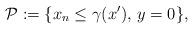
LaTeX: \begin{align*}\mathcal{P} := \{ x_n \leq \gamma(x'),\, y = 0 \},\end{align*}